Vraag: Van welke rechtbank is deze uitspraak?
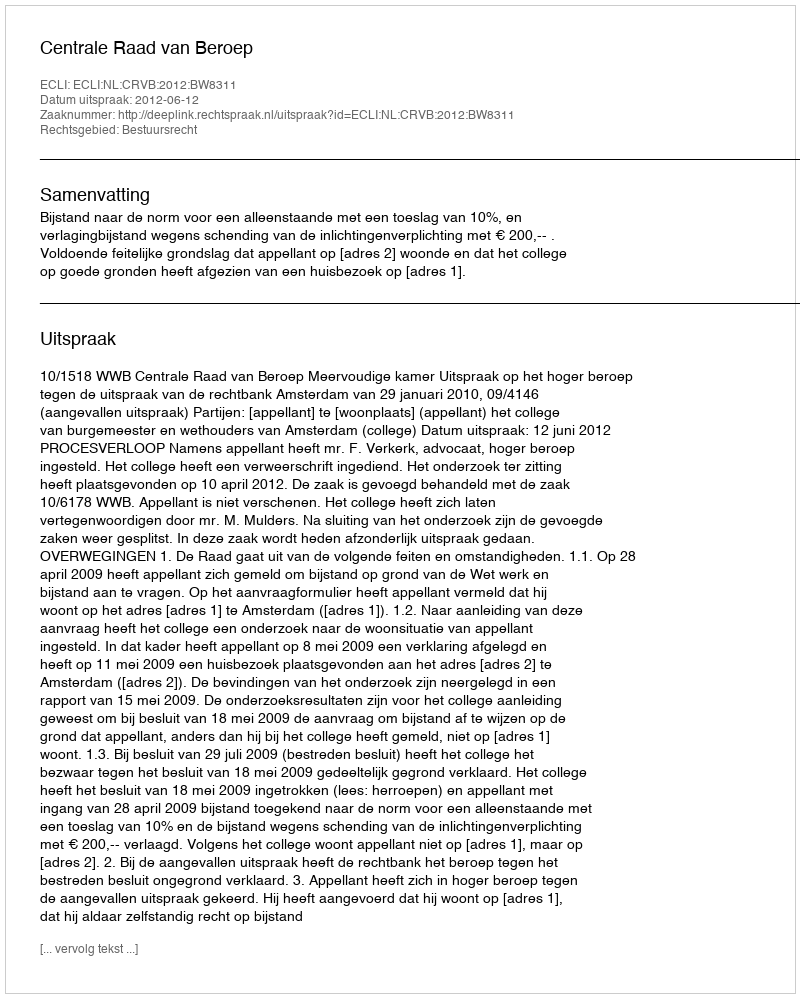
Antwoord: Centrale Raad van Beroep